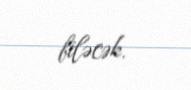
biləcək.